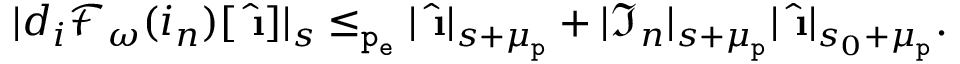
\begin{array} { r } { | d _ { i } \mathcal { F } _ { \omega } ( i _ { n } ) [ \hat { \textbf { \i } } ] | _ { s } \le _ { \mathtt { p _ { e } } } | \hat { \textbf { \i } } | _ { s + \mu _ { \mathtt { p } } } + | \mathfrak { I } _ { n } | _ { s + \mu _ { \mathtt { p } } } | \hat { \textbf { \i } } | _ { s _ { 0 } + \mu _ { \mathtt { p } } } . } \end{array}